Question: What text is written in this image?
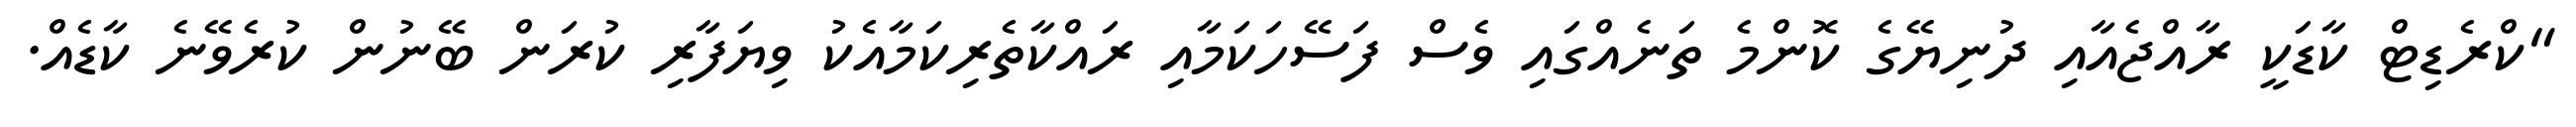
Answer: "ކްރެޑިޓް ކާޑަކީ ރާއްޖެއާއި ދުނިޔޭގެ ކޮންމެ ތަނެއްގައި ވެސް ފަސޭހަކަމާއި ރައްކާތެރިކަމާއެކު ވިޔަފާރި ކުރަން ބޭނުން ކުރެވޭނެ ކާޑެއް.